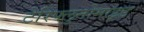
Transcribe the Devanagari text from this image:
टेरिफ्लुनोमाइड